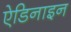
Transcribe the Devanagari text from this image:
ऐडिनाइन